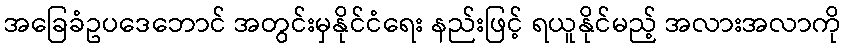
အခြေခံဥပဒေဘောင် အတွင်းမှနိုင်ငံရေး နည်းဖြင့် ရယူနိုင်မည့် အလားအလာကို